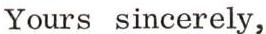
Yours sincerely,